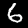
Label: 6